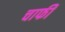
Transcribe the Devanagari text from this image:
चाफी